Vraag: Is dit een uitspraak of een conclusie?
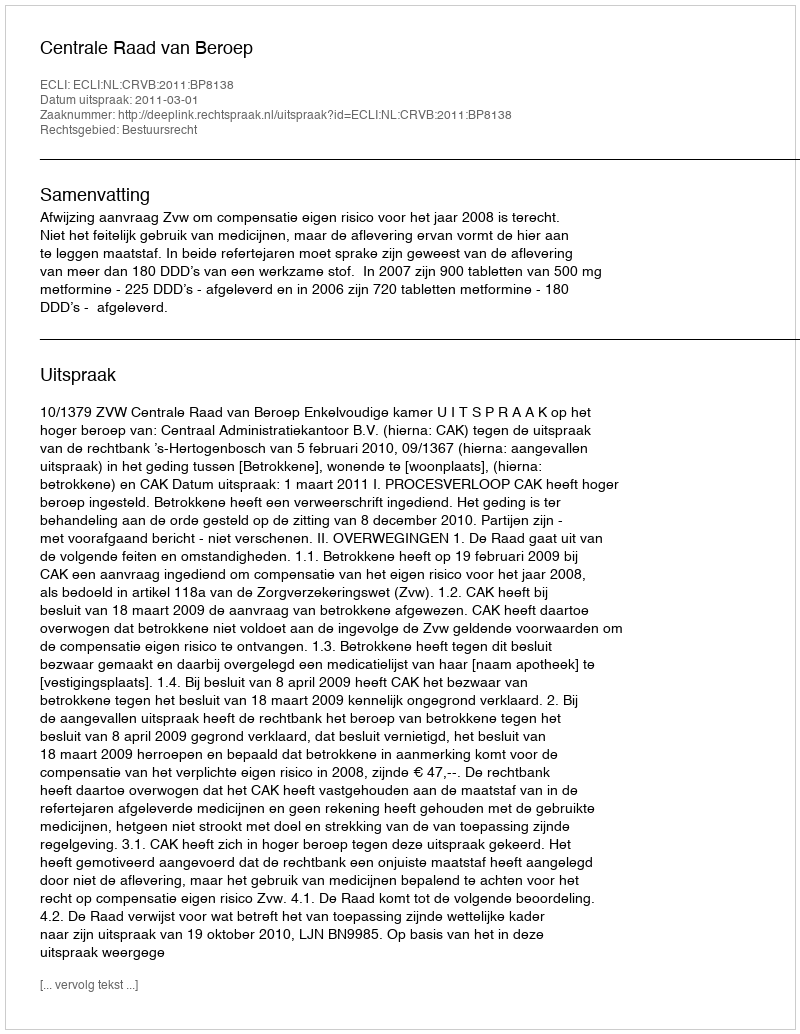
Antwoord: Uitspraak